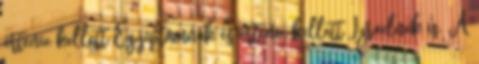
értenie kellett Egyiptomnak és értenie kellett Izraelnek is. A